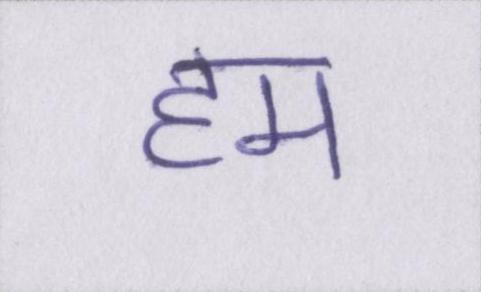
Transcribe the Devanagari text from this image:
हम